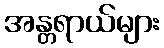
အန္တရာယ်များ